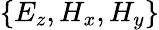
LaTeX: \{ E_{z},H_{x},H_{y}\}